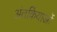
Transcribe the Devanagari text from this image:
अंतर्कियाओं